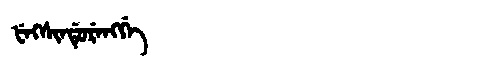
Manchu: ᡶᡝᡴᠰᡳᠨᡩᡠᡵᡝᠩᡤᡝ
Romanization: FEKSINDURENGGE